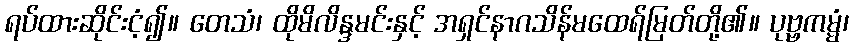
ရပ်ထားဆိုင်းငံ့၍။ တေသံ၊ ထိုမိလိန္ဒမင်းနှင့် အရှင်နာဂသိန်မထေရ်မြတ်တို့၏။ ပုဗ္ဗကမ္မံ၊